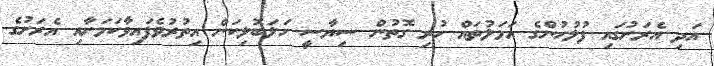
އަދި އެރަށުގައި ފުލުހުންގެ އަމަލުތައް ހުރި ގޮތުން ސިޔާސީ ހަލަބޮލިކަން އިތުރުވެފައިވާކަމަށާއި އެރަށުގެ